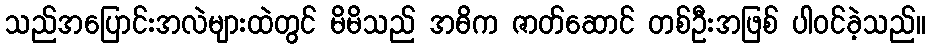
သည်အပြောင်းအလဲများထဲတွင် မိမိသည် အဓိက ဇာတ်ဆောင် တစ်ဦးအဖြစ် ပါဝင်ခဲ့သည်။